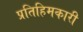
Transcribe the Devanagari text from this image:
प्रतिहिमकारी